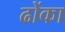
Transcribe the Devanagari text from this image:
ढोंका